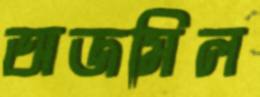
অজমিল